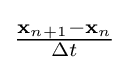
{\tfrac {\mathbf {x} _{n+1}-\mathbf {x} _{n}}{\Delta t}}